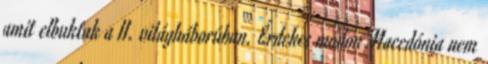
amit elbuktak a II. világháborúban. Érdekes módon Macedónia nem